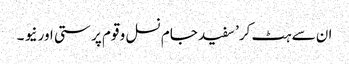
ان سے ہٹ کر’ سفید جام نسل و قوم پر ستی اور نیو ۔